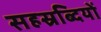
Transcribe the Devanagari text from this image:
सहस्रब्दियों